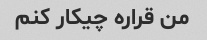
من قراره چیکار کنم